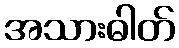
အသားဓါတ်